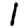
Digit: 1